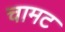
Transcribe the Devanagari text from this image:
चामट